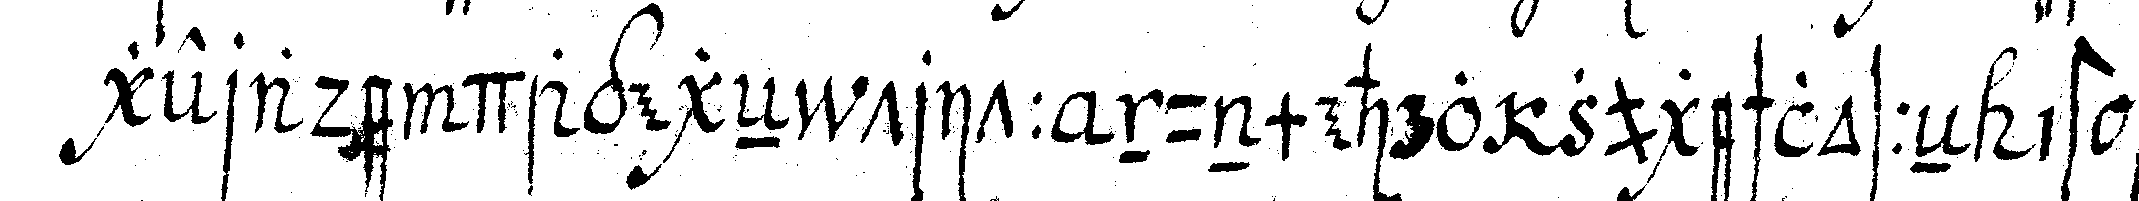
gerade dagegeN tritt nunmehro zugeschlosseN ist